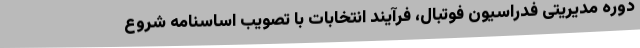
دوره مدیریتی فدراسیون فوتبال، فرآیند انتخابات با تصویب اساسنامه شروع